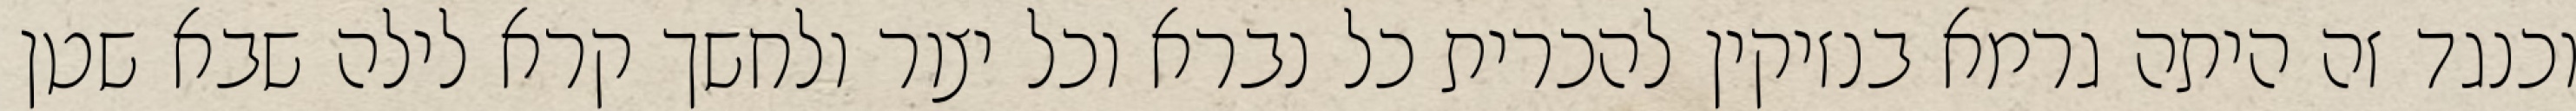
וכנגד זה היתה גרמא בנזיקין להכרית כל נברא וכל יצור ולחשך קרא לילה שבא שטן